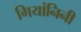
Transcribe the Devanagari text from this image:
गियांनिनी